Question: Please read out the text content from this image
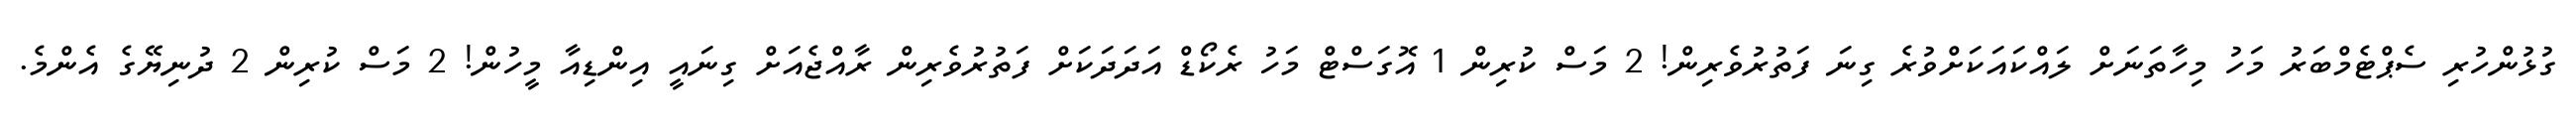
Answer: ގުޅުންހުރި ސެޕްޓެމްބަރު މަހު މިހާތަނަށް ލައްކައަކަށްވުރެ ގިނަ ފަތުރުވެރިން! 2 މަސް ކުރިން 1 އޮގަސްޓް މަހު ރެކޯޑް އަދަދަކަށް ފަތުރުވެރިން ރާއްޖެއަށް ގިނައީ އިންޑިއާ މީހުން! 2 މަސް ކުރިން 2 ދުނިޔޭގެ އެންމެ.